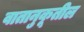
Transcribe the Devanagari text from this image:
वातानुकूतील